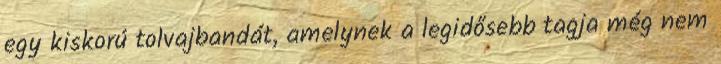
egy kiskorú tolvajbandát, amelynek a legidősebb tagja még nem